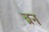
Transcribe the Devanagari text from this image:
ब्रन